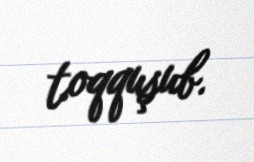
toqquşub.